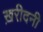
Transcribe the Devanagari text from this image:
ख़रीदनी